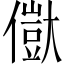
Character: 𠏥